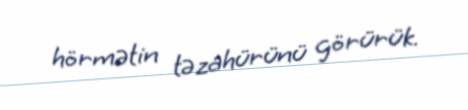
hörmətin təzahürünü görürük.